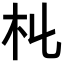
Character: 𣎹